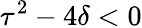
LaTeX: \tau^{2}-4\delta<0